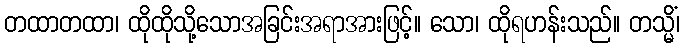
တထာတထာ၊ ထိုထိုသို့သောအခြင်းအရာအားဖြင့်။ သော၊ ထိုရဟန်းသည်။ တသ္မိံ၊